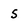
Character: 5